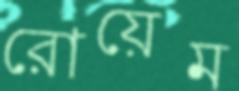
রোয়েম